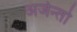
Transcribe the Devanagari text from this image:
अर्जेन्तो